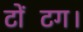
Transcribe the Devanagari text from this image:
टोंटिंग।